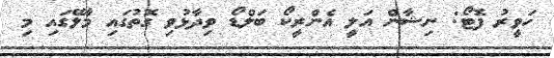
ހަވީރު ފޮޓޯ: ނިޝާން އަލީ އެންރީކޯ ބަލްޑޯ ވިދާޅުވި ގޮތުގައި މާލޭގައި މި